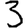
Digit: 3